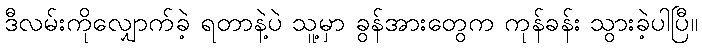
ဒီလမ်းကိုလျှောက်ခဲ့ ရတာနဲ့ပဲ သူ့မှာ ခွန်အားတွေက ကုန်ခန်း သွားခဲ့ပါပြီ။